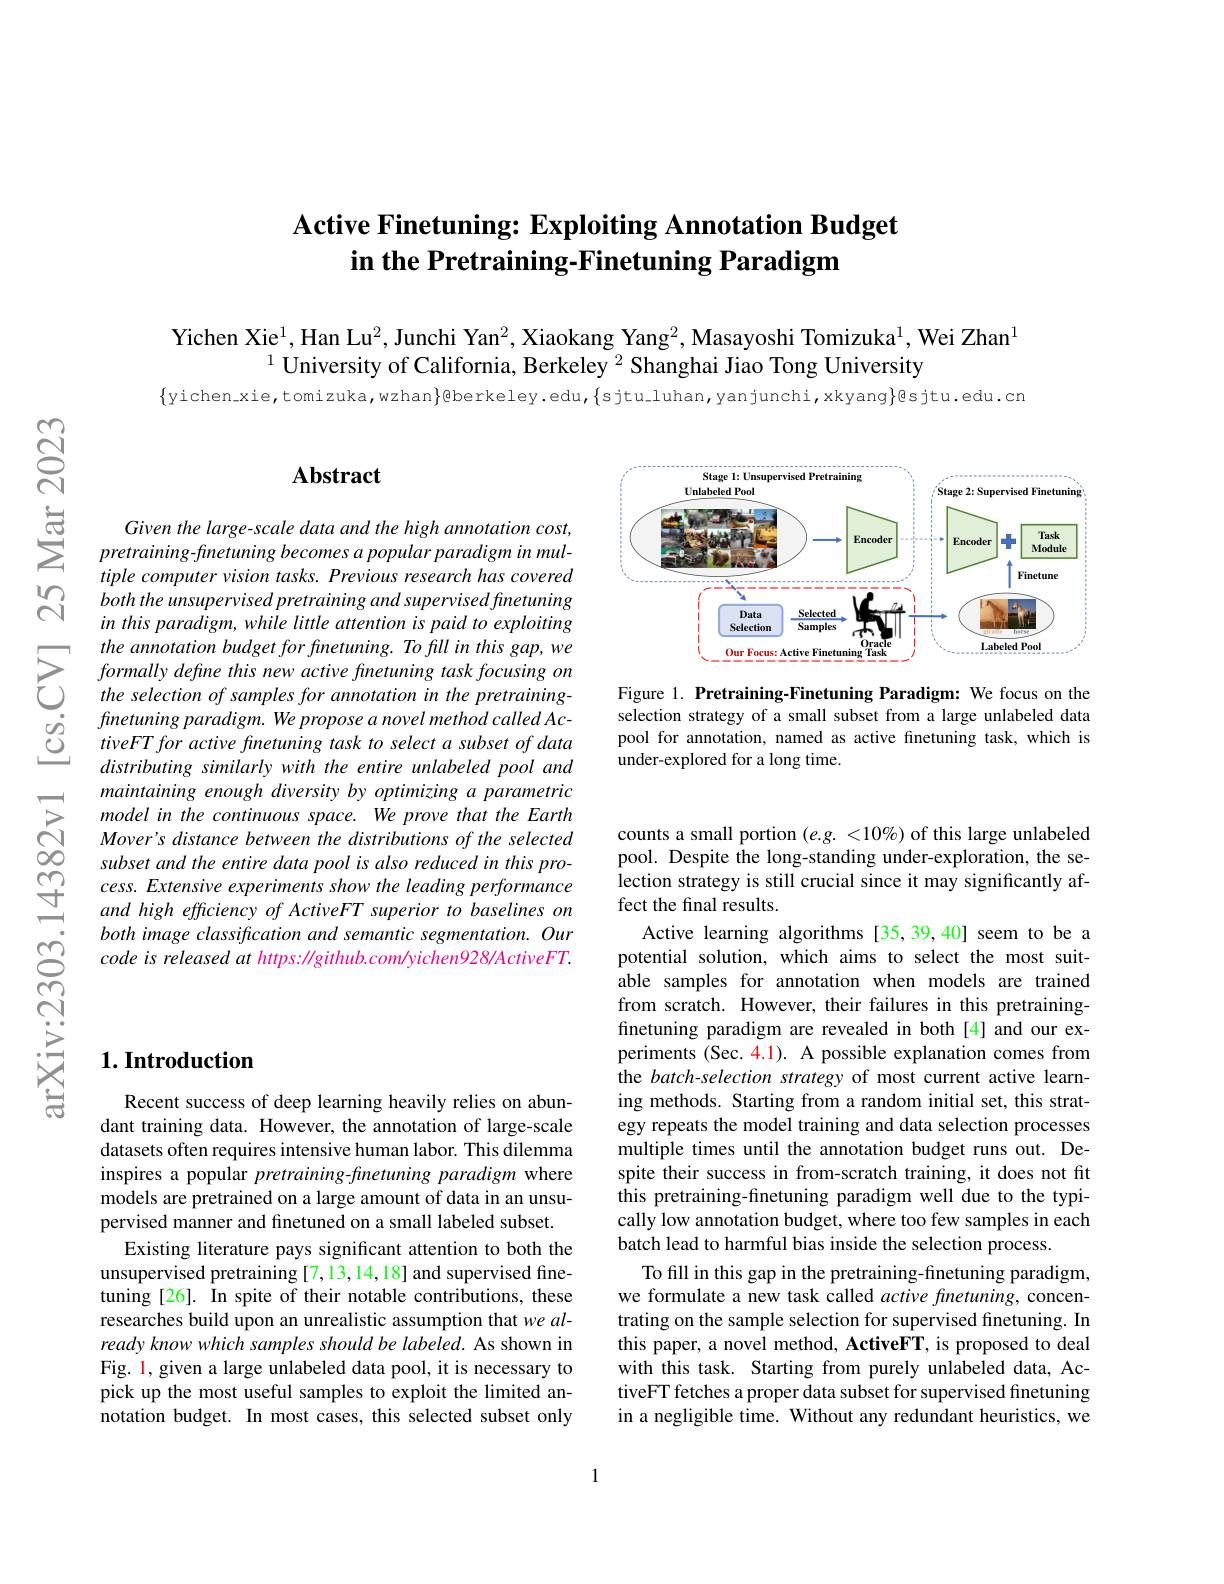
# Active Finetuning: Exploiting Annotation Budget in the Pretraining-Finetuning Paradigm

Yichen Xie$^1$, Han Lu$^2$, Junchi Yan$^2$, Xiaokang Yang$^2$, Masayoshi Tomizuka$^1$, Wei Zhan$^1$
$^{1}$ University of California, Berkeley $^2$ Shanghai Jiao Tong University

$\{$yichen_xie,tomizuka,wzhan$\}$@berkeley.edu,{sjtu_luhan,yanjunchi,xkyang}@sjtu.edu.cn

## $\mathbf{Abstract}$

Given the large- scale data and the high annotation cost, pretraining-finetuning becomes a popular paradigm in multiple computer vision tasks. Previous research has covered both the unsupervised pretraining and supervised finetuning in this paradigm, while little attention is paid to exploiting
$\sum_{\begin{array}{lll}&\text{the annotation budget for finetuning. To fill in this gap, we}\\&\text{formally define this new active finetuning task focusing on}\\&\text{the selection of samples for annotation in the pretraining-}\\\end{array}}$ $\textcircled {2}$ fnetuning $paradigm. We$ propose $a$ novel method called $Ac- \textcircled {2}$ tiveFT for active finetuning task $to$ select $a$ subset $of$ data
distributing similarly with the entire unlabeled pool and maintaining enough diversity by optimizing a parametric
$\begin{array}{lll}{\infty}&{subset~and~the~entire~data~pool~is~also~reduced~in~this~pro-}\\{\textcircled{7}}&{cess.Extensive~experiments~show~the~leading~performance}\\{and~high~efficiency~of~ActiveFT~superior~to~baselines~on}\end{array}$
both image classification and semantic segmentation. Our code is released at https: //github.com/yichen928/ActiveFT.

<FigureHere>

Figure 1. Pretraining-Finetuning Paradigm: We focus on the selection strategy of a small subset from a large unlabeled data pool for annotation, named as active finetuning task, which is under-explored for a long time.

counts a small portion $(e.g.<10\%)$ of this large unlabeled pool. Despite the long-standing under-exploration, the selection strategy is still crucial since it may significantly affect the final results.
Active learning algorithms [35,39,40] seem to be a potential solution, which aims to select the most suitable samples for annotation when models are trained from scratch. However, their failures in this pretrainingfinetuning paradigm are revealed in both [4] and our experiments (Sec. 4.1). A possible explanation comes from the batch-selection strategy of most current active learning methods. Starting from a random initial set, this strategy repeats the model training and data selection processes multiple times until the annotation budget runs out. Despite their success in from-scratch training, it does not fit this pretraining-finetuning paradigm well due to the typically low annotation budget, where too few samples in each batch lead to harmful bias inside the selection process.
To fill in this gap in the pretraining-finetuning paradigm, we formulate a new task called active finetuning, concentrating on the sample selection for supervised finetuning. In this paper, a novel method, ActiveFT, is proposed to deal with this task. Starting from purely unlabeled data, ActiveFT fetches a proper data subset for supervised finetuning in a negligible time. Without any redundant heuristics, we

## $1. \textbf{Introduction}$

Recent success of deep learning heavily relies on abundant training data. However, the annotation of large-scale datasets often requires intensive human labor. This dilemma inspires a popular pretraining-finetuning paradigm where models are pretrained on a large amount of data in an unsupervised manner and finetuned on a small labeled subset.
Existing literature pays significant attention to both the unsupervised pretraining [7,13,14,18] and supervised finetuning[26]. In spite of their notable contributions, these researches build upon an unrealistic assumption that we already know which samples should be labeled. As shown in Fig. 1, given a large unlabeled data pool, it is necessary to pick up the most useful samples to exploit the limited annotation budget. In most cases, this selected subset only

1